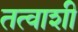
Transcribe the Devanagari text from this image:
तत्वाशी